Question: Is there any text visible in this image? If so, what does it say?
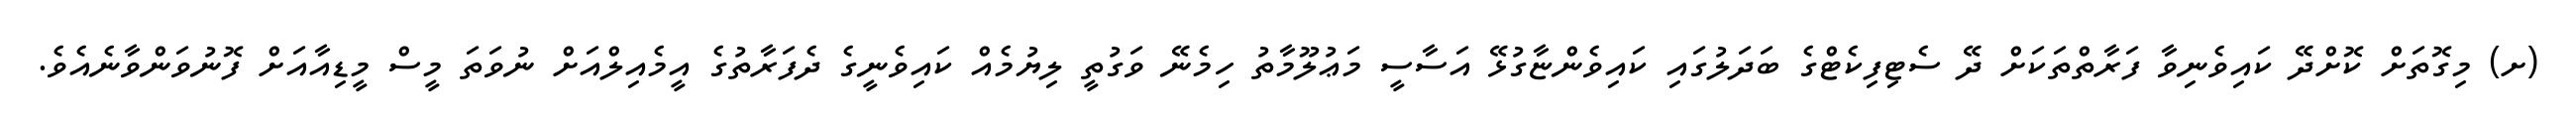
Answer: (ށ) މިގޮތަށް ކޮށްދޭ ކައިވެނިވާ ފަރާތްތަކަށް ދޭ ސެޓިފިކެޓްގެ ބަދަލުގައި ކައިވެންޏާގުޅޭ އަސާސީ މަޢުލޫމާތު ހިމެނޭ ވަގުތީ ލިޔުމެއް ކައިވެނީގެ ދެފަރާތުގެ އީމެއިލްއަށް ނުވަތަ މީސް މީޑިއާއަށް ފޮނުވަންވާނެއެވެ.